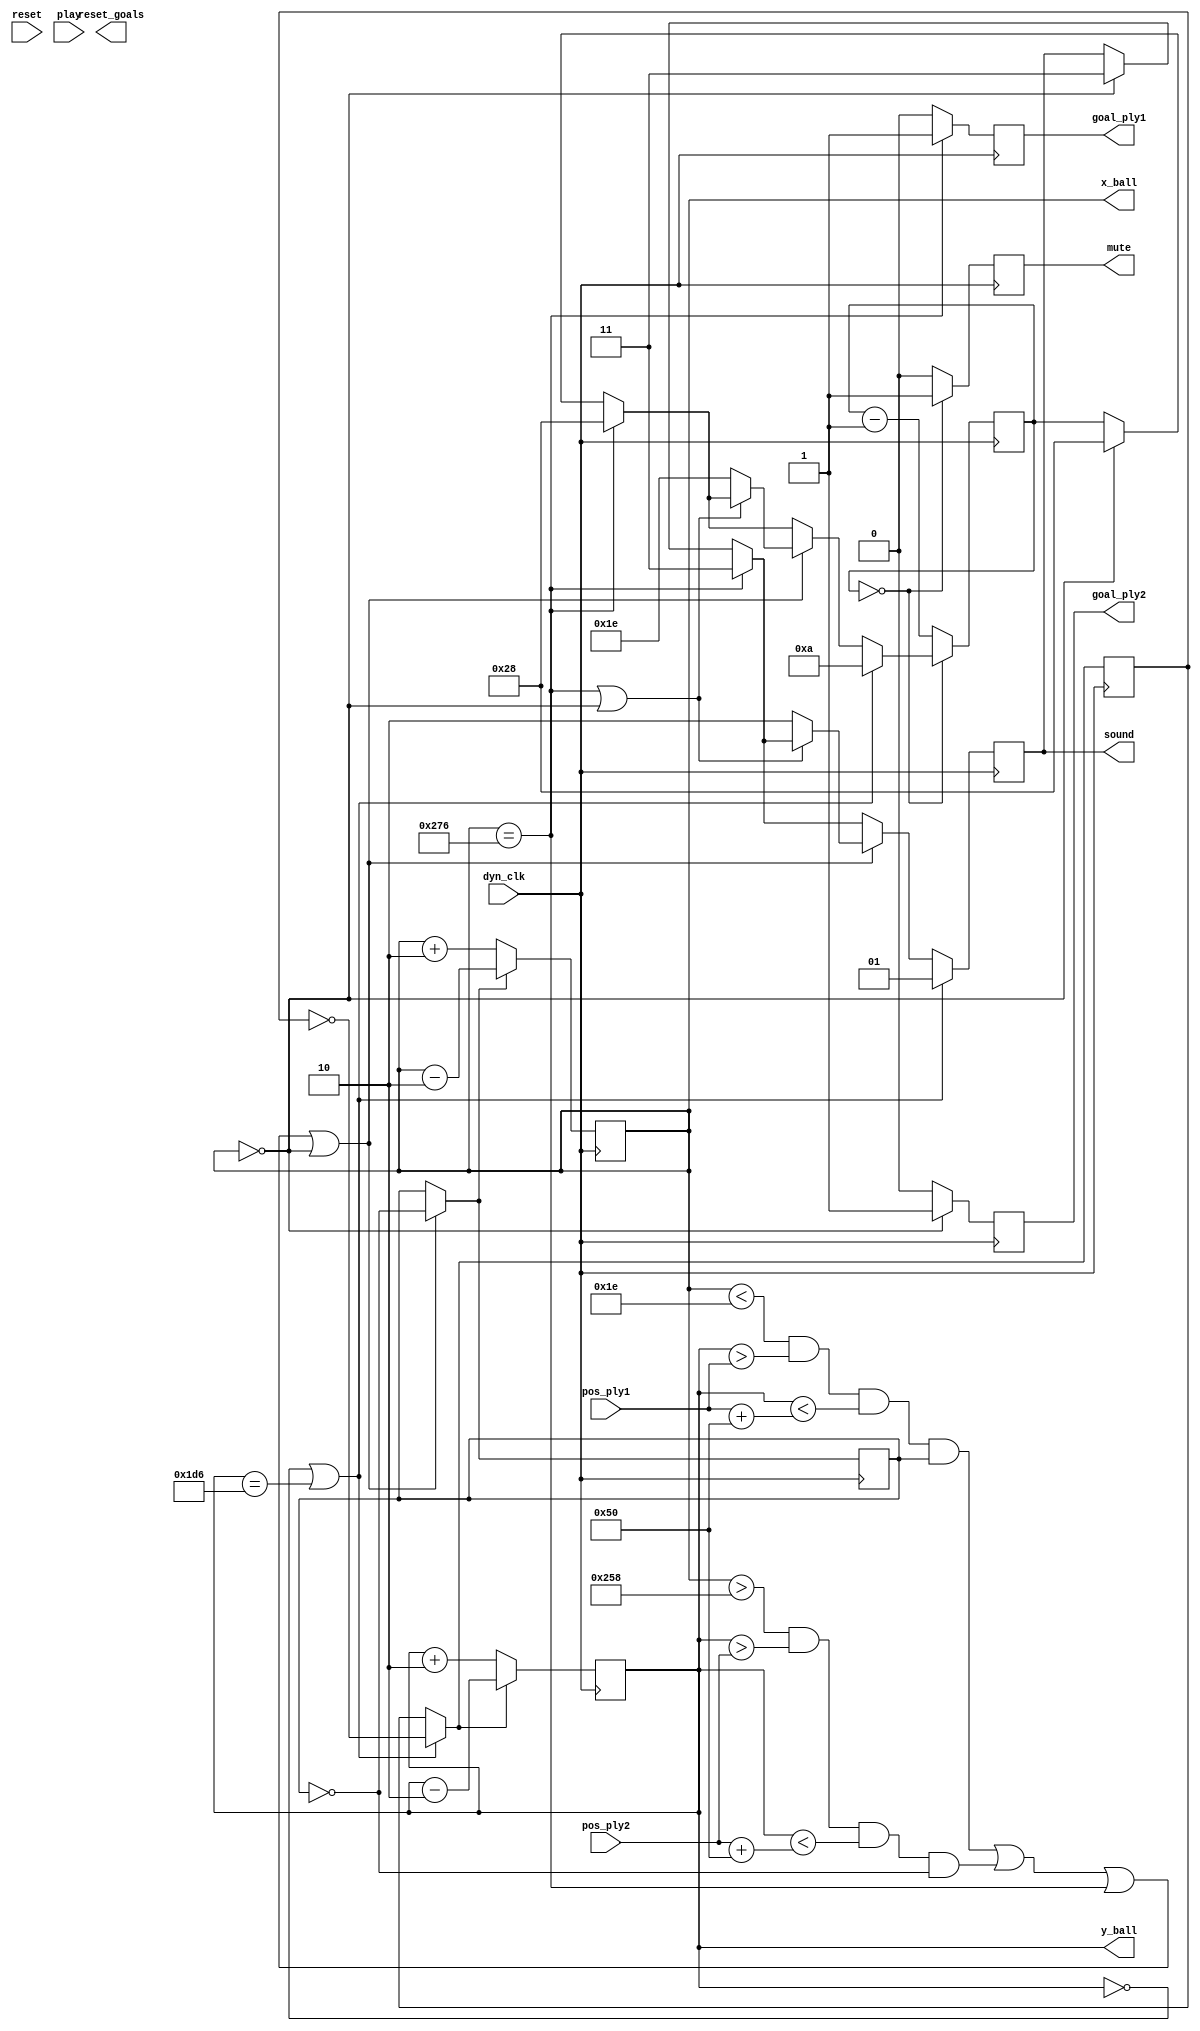
//////////////////////////////////////////////////////////////////////////////////
// Company: Ridotech
// 
// Module Name: DynPong
// Description: Dynamic behavior Pong's game.
//
// Dependencies: 
//
// Revision: 
// Revision 0.01 - File Created
//
// Additional Comments:
//
//////////////////////////////////////////////////////////////////////////////////
module DynPong (
    input wire       dyn_clk,            // Dynamic clock.
    input wire       reset,              // Reset the game.
    input wire       play,               // Play-Pause the game.
    input wire [9:0] pos_ply1,           // Actual player 1 position.
    input wire [9:0] pos_ply2,           // Actual player 2 position.
    output reg       reset_goals,        // Goals to zero.
    output reg       goal_ply1,          // New goal for player 1.
    output reg       goal_ply2,          // New goal for player 2.
    output reg [9:0] x_ball = 10'd100,   // New x ball position.
    output reg [9:0] y_ball = 10'd100,   // New y ball position.
    output reg       mute = 1'b1,        // Silence the sound.
    output reg [1:0] sound = 2'd0        // New type of sound.
);

// Screen.
localparam width_screen = 640;
localparam height_screen = 480;
localparam size_ball = 10;
localparam size_player = 80;
localparam offset_players = 20;
localparam width_players = 10;

// Sound.
reg [7:0] mseg = 0;

// Speed and direction.
reg [2:0] speed_x = 2;
reg [2:0] speed_y = 2;

reg dx = 1'b0;
reg dy = 1'b0;

// Task 1: Move the ball.
always @(posedge dyn_clk)
begin
    // Check reset.
    if (reset)
    begin
        x_ball <= width_screen/2;
        y_ball <= height_screen/2;
        dx <= ~dx;
        dy <= 1'b0;
    end

    // Check the goals.
    if (x_ball == 0)
        begin
        goal_ply2 <= 1'b1;
        sound <= 3; 
        mseg <= 40;
        end
    else
        goal_ply2 <= 1'b0;

    if (x_ball == width_screen-size_ball)
        begin
        goal_ply1 <= 1'b1;
        sound <= 3;
        mseg <= 40;
        end
    else
        goal_ply1 <= 1'b0;

    // Check bouncing... for vertical objects.
    if  (
        // Check the player 1 position.
        ((x_ball < offset_players + width_players) &&
        (y_ball > pos_ply1) && 
        (y_ball < pos_ply1 + size_player) &&
        (dx == 1'b1)) 
        ||
        // Check the player 2 position.
        ((x_ball > width_screen - offset_players - width_players - size_ball) &&
        (y_ball > pos_ply2) && 
        (y_ball < pos_ply2 + size_player) &&
        (dx == 1'b0))
        ||
        // Check the player 1 goal and bouncing.
        (x_ball == width_screen-size_ball)
        ||
        // Check the player 2 goal and bouncing.
        (x_ball == 0)
        )
        begin
        dx = ~dx;
        // It's not a goal, so... another sound.
        if (!((x_ball == width_screen-size_ball) || (x_ball == 0)))
            begin
            sound <= 2;
            mseg <= 30;
            end
        end

    // Check bouncing with top and bottom court.
    if ((y_ball == 0) || (y_ball == height_screen-size_ball))
        begin
        dy = ~dy;
        sound <= 1;
        mseg <= 10;
        end

    // Check mute sound.
    if (mseg == 0)
        begin
        mute <= 1'b1;
        end
    else
        begin
        mseg <= mseg - 1;
        mute <= 1'b0;
        end

    // Update x ball position.
    if (dx)
        x_ball <= x_ball - speed_x;
    else
        x_ball <= x_ball + speed_x; 

    // Update y ball position.
    if (dy)
        y_ball <= y_ball - speed_y;
    else
        y_ball <= y_ball + speed_y; 
end

endmodule